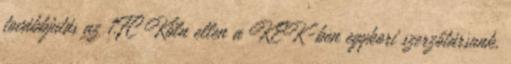
továbbjutás az 1.FC Köln ellen a KEK-ben egykori szerzőtársunk,